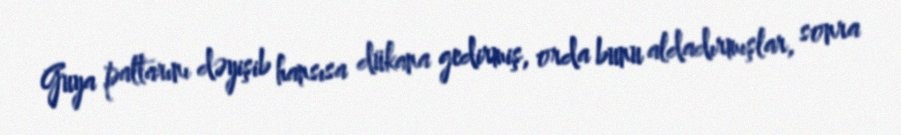
Guya paltarını dəyişib hansısa dükana gedirmiş, orda bunu aldadırmışlar, sonra